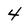
Character: 4